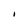
Character: I